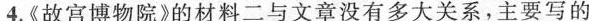
4.《故宫博物院》的材料二与文章没有多大关系，主要写的